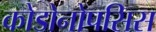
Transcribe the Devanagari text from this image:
कोडोनोपसिस